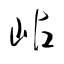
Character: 岾